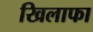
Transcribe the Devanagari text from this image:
खिलाफा